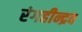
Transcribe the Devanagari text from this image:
रंगहीन्द्रव